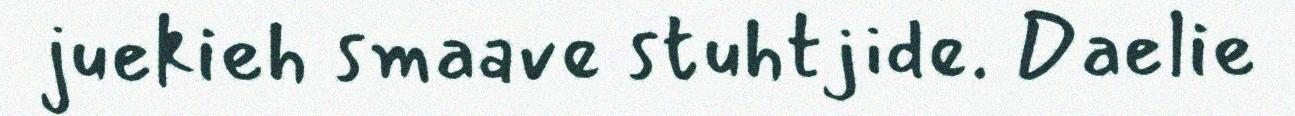
juekieh smaave stuhtjide. Daelie